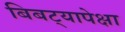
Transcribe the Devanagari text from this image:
बिबट्यापेक्षा